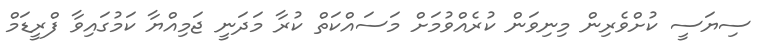
ސިޔަސީ ކުށްވެރިން މިނިވަން ކުރެއްވުމަށް މަސައްކަތް ކުރާ މަދަނީ ޖަމިއްޔާ ކަމުގައިވާ ފްރީޑަމް